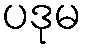
ပဒုမ